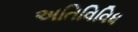
અતિવિવિધ